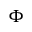
\Phi